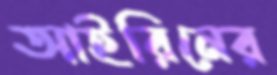
আইরিনের